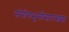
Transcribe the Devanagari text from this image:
संयोगभूमीसारख्या